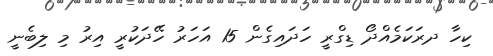
ކިހާ ދރަކަމެއްދޯ ޑިގްރީ ހަަދައިގެން 15 އަހަރު ހޭދަކުރީ އިރު މި ލިބެނީ